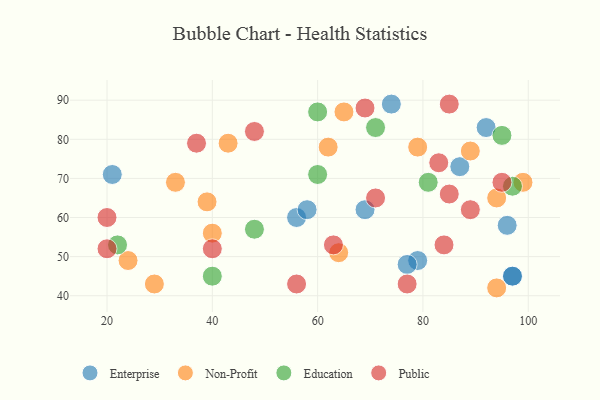
{"axis": {"x": "GDP", "y": "Life Expectancy"}, "legend": ["Education", "Enterprise", "Non-Profit", "Public"], "data": [{"x": "97", "y": 45, "type": "Enterprise"}, {"x": "74", "y": 89, "type": "Enterprise"}, {"x": "97", "y": 45, "type": "Enterprise"}, {"x": "56", "y": 60, "type": "Enterprise"}, {"x": "58", "y": 62, "type": "Enterprise"}, {"x": "87", "y": 73, "type": "Enterprise"}, {"x": "96", "y": 58, "type": "Enterprise"}, {"x": "69", "y": 62, "type": "Enterprise"}, {"x": "79", "y": 49, "type": "Enterprise"}, {"x": "77", "y": 48, "type": "Enterprise"}, {"x": "92", "y": 83, "type": "Enterprise"}, {"x": "21", "y": 71, "type": "Enterprise"}, {"x": "43", "y": 79, "type": "Non-Profit"}, {"x": "99", "y": 69, "type": "Non-Profit"}, {"x": "40", "y": 56, "type": "Non-Profit"}, {"x": "64", "y": 51, "type": "Non-Profit"}, {"x": "94", "y": 42, "type": "Non-Profit"}, {"x": "65", "y": 87, "type": "Non-Profit"}, {"x": "24", "y": 49, "type": "Non-Profit"}, {"x": "62", "y": 78, "type": "Non-Profit"}, {"x": "89", "y": 77, "type": "Non-Profit"}, {"x": "33", "y": 69, "type": "Non-Profit"}, {"x": "79", "y": 78, "type": "Non-Profit"}, {"x": "29", "y": 43, "type": "Non-Profit"}, {"x": "39", "y": 64, "type": "Non-Profit"}, {"x": "94", "y": 65, "type": "Non-Profit"}, {"x": "22", "y": 53, "type": "Education"}, {"x": "60", "y": 87, "type": "Education"}, {"x": "48", "y": 57, "type": "Education"}, {"x": "97", "y": 68, "type": "Education"}, {"x": "81", "y": 69, "type": "Education"}, {"x": "71", "y": 83, "type": "Education"}, {"x": "40", "y": 45, "type": "Education"}, {"x": "95", "y": 81, "type": "Education"}, {"x": "60", "y": 71, "type": "Education"}, {"x": "20", "y": 52, "type": "Public"}, {"x": "63", "y": 53, "type": "Public"}, {"x": "77", "y": 43, "type": "Public"}, {"x": "48", "y": 82, "type": "Public"}, {"x": "84", "y": 53, "type": "Public"}, {"x": "85", "y": 89, "type": "Public"}, {"x": "95", "y": 69, "type": "Public"}, {"x": "56", "y": 43, "type": "Public"}, {"x": "85", "y": 66, "type": "Public"}, {"x": "37", "y": 79, "type": "Public"}, {"x": "40", "y": 52, "type": "Public"}, {"x": "20", "y": 60, "type": "Public"}, {"x": "69", "y": 88, "type": "Public"}, {"x": "71", "y": 65, "type": "Public"}, {"x": "89", "y": 62, "type": "Public"}, {"x": "83", "y": 74, "type": "Public"}]}